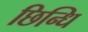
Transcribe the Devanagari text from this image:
छिन्धि